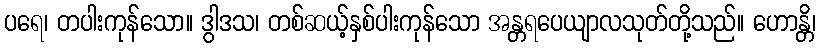
ပရေ၊ တပါးကုန်သော။ ဒွါဒသ၊ တစ်ဆယ့်နှစ်ပါးကုန်သော အန္တရပေယျာလသုတ်တို့သည်။ ဟောန္တိ၊